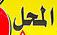
المحل